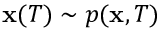
\mathbf { x } ( T ) \sim p ( \mathbf { x } , T )